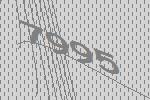
7995